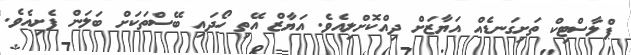
ޕްލާސްޓިކް ތަށިގަނޑެއް އަޔާޒަށް ދިއްކޮށްލިއެވެ. އަޔާޒް އޭތި ހޯދައި ބޭސްތަކަށް ބަލަން ފެށިއެވެ.